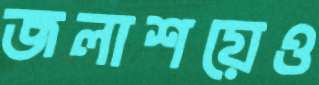
জলাশয়েও